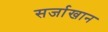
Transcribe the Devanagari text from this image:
सर्जाखान